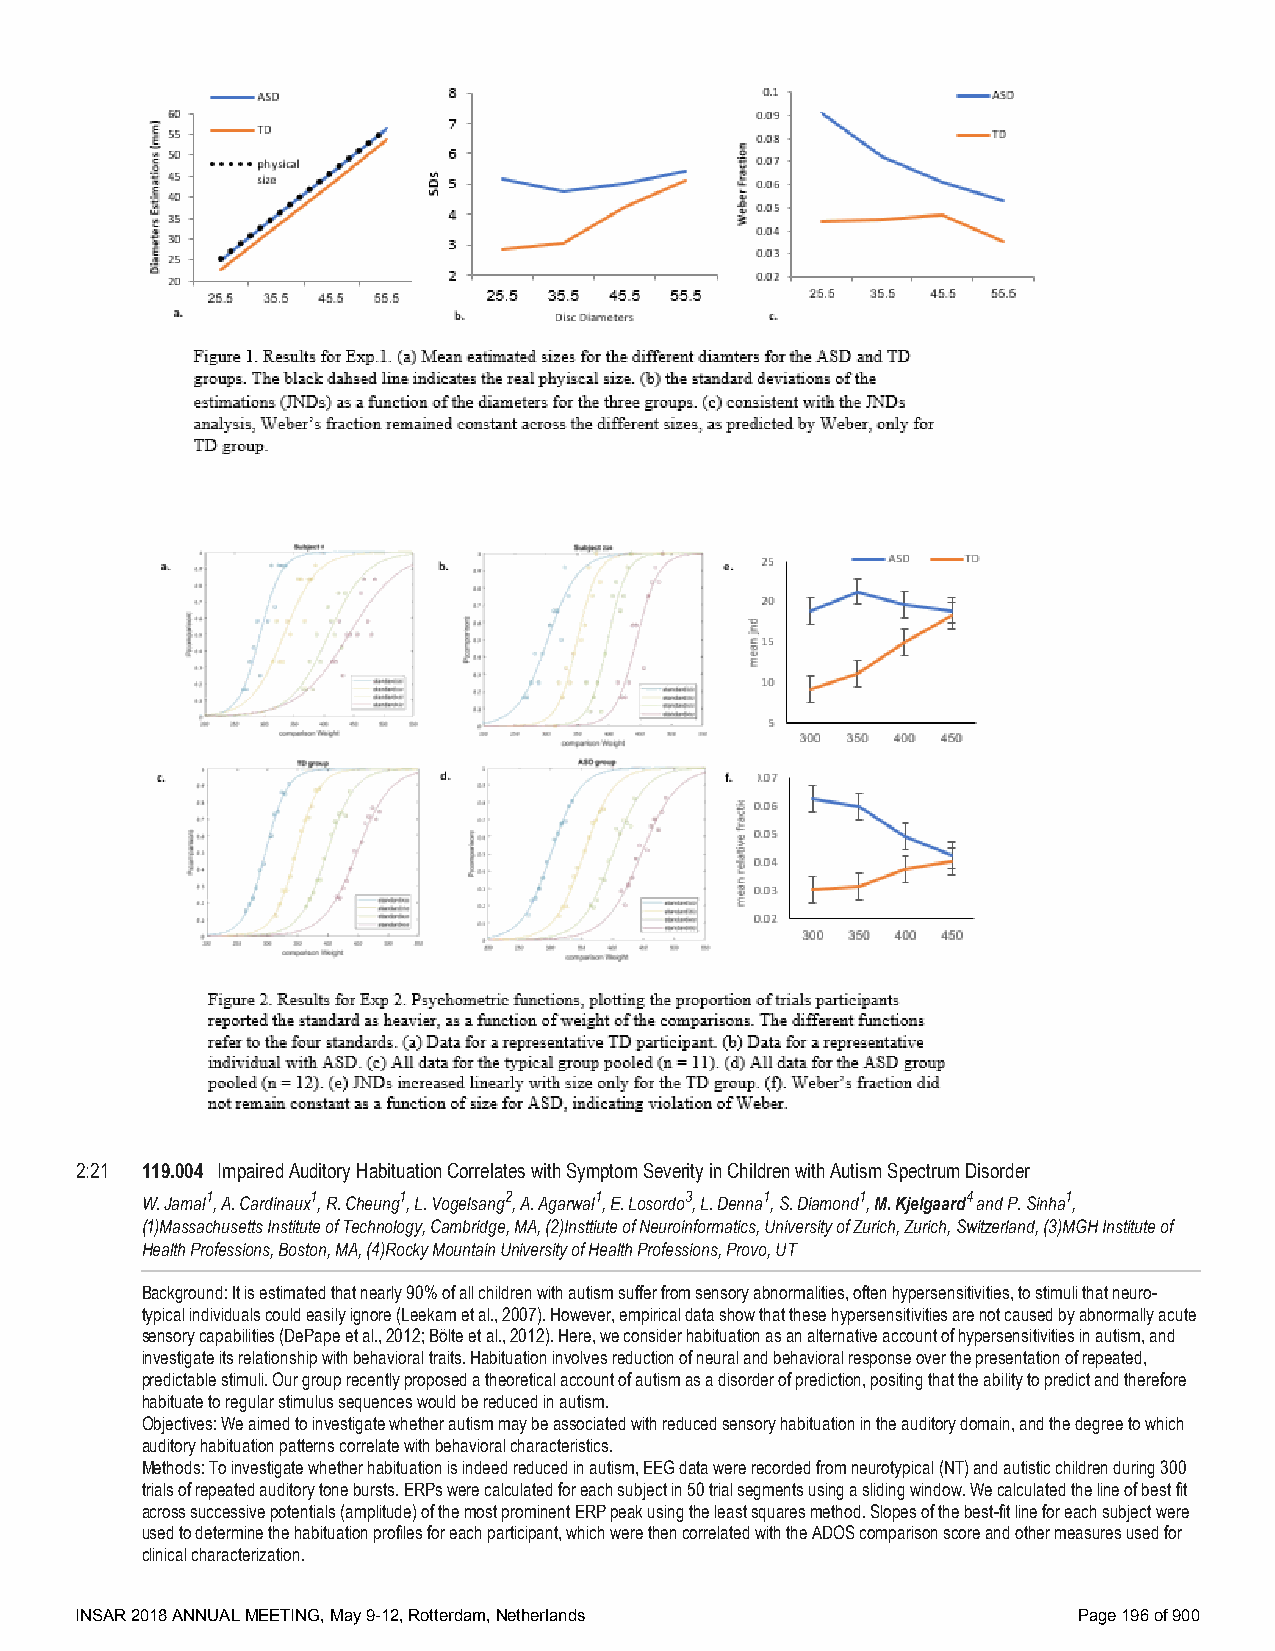
2:21 119.004 Impaired Auditory Habituation Correlates with Symptom Severity in Children with Autism Spectrum Disorder
 W. Jamal1, A. Cardinaux1, R. Cheung1, L. Vogelsang2, A. Agarwal1, E. Losordo3, L. Denna1, S. Diamond1, M. Kjelgaard4 and P. Sinha1,
 (1)Massachusetts Institute of Technology, Cambridge, MA, (2)Insttiute of Neuroinformatics, University of Zurich, Zurich, Switzerland, (3)MGH Institute of
 Health Professions, Boston, MA, (4)Rocky Mountain University of Health Professions, Provo, UT
 Background: It is estimated that nearly 90% of all children with autism suffer from sensory abnormalities, often hypersensitivities, to stimuli that neuro-
 typical individuals could easily ignore (Leekam et al., 2007). However, empirical data show that these hypersensitivities are not caused by abnormally acute
 sensory capabilities (DePape et al., 2012; Bölte et al., 2012). Here, we consider habituation as an alternative account of hypersensitivities in autism, and
 investigate its relationship with behavioral traits. Habituation involves reduction of neural and behavioral response over the presentation of repeated,
 predictable stimuli. Our group recently proposed a theoretical account of autism as a disorder of prediction, positing that the ability to predict and therefore
 habituate to regular stimulus sequences would be reduced in autism.
 Objectives: We aimed to investigate whether autism may be associated with reduced sensory habituation in the auditory domain, and the degree to which
 auditory habituation patterns correlate with behavioral characteristics.
 Methods: To investigate whether habituation is indeed reduced in autism, EEG data were recorded from neurotypical (NT) and autistic children during 300
 trials of repeated auditory tone bursts. ERPs were calculated for each subject in 50 trial segments using a sliding window. We calculated the line of best fit
 across successive potentials (amplitude) of the most prominent ERP peak using the least squares method. Slopes of the best-fit line for each subject were
 used to determine the habituation profiles for each participant, which were then correlated with the ADOS comparison score and other measures used for
 clinical characterization.
 INSAR 2018 ANNUAL MEETING, May 9-12, Rotterdam, Netherlands       Page 196 of 900